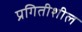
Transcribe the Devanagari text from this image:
प्रगितीशील